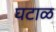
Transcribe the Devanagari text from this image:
घटाळ